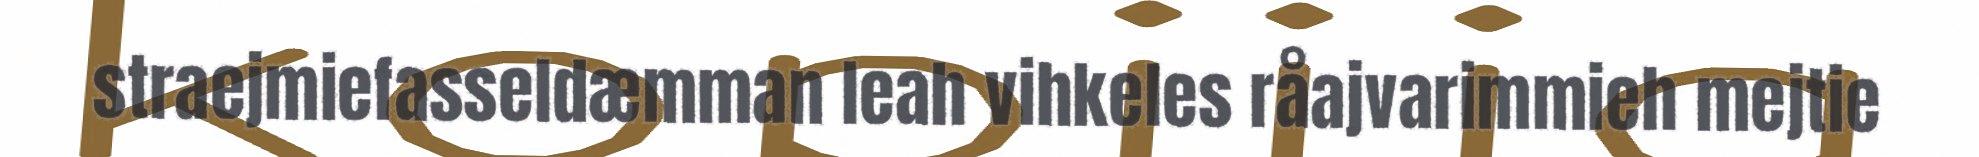
straejmiefasseldæmman leah vihkeles råajvarimmieh mejtie